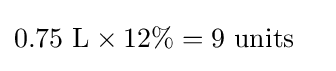
{\begin{aligned}0.75{\mbox{ L}}\times 12\%&=9{\mbox{ units}}\end{aligned}}